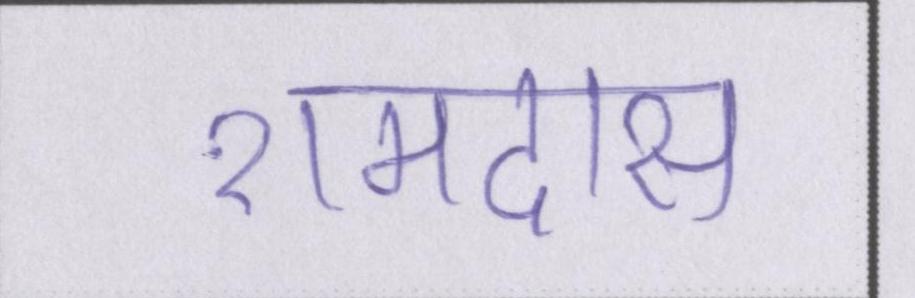
रामदास